Indian journal of veterinary science and animal husbandry - Volume 12,
Year: 1942
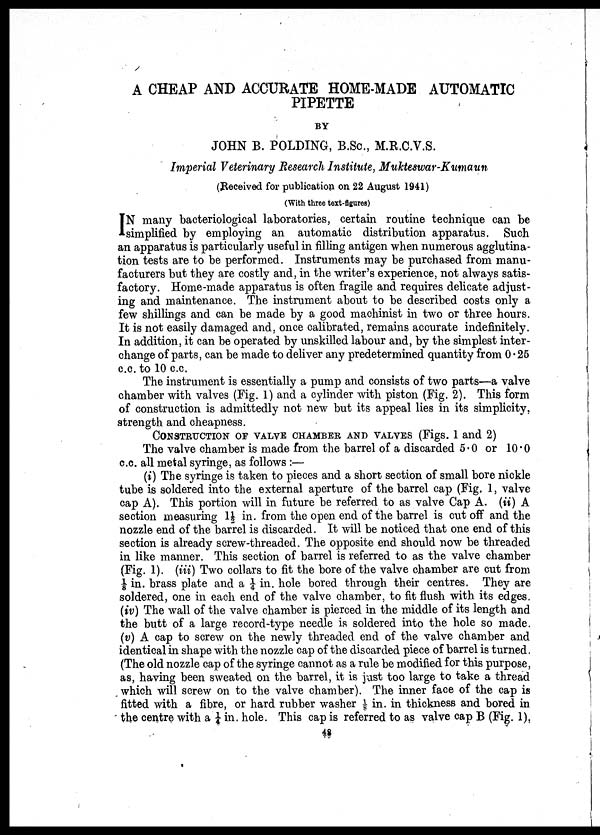
A CHEAP AND ACCURATE HOME-MADE AUTOMATIC
PIPETTE
BY
JOHN B. POLDING, B.Sc., M.R.C.V.S.
Imperial Veterinary Research Institute, Mukteswar-Kumaun
(Received for publication on 22 August 1941)
(With three text-figures)
I N many bacteriological laboratories, certain routine technique can be
simplified by employing an automatic distribution apparatus. Such
an apparatus is particularly useful in filling antigen when numerous agglutina
tion tests are to be performed. Instruments may be purchased from manu
facturers but they are costly and, in the writer's experience, not always satis
factory. Home-made apparatus is often fragile and requires delicate adjust
ing and maintenance. The instrument about to be described costs only a
few shillings and can be made by a good machinist in two or three hours.
It is not easily damaged and, once calibrated, remains accurate indefinitely.
In addition, it can be operated by unskilled labour and, by the simplest inter
change of parts, can be made to deliver any predetermined quantity from 0.25
c.c. to 10 c.c.
The instrument is essentially a pump and consists of two parts—a valve
chamber with valves (Fig. 1) and a cylinder with piston (Fig. 2). This form
of construction is admittedly not new but its appeal lies in its simplicity,
strength and cheapness.
CONSTRUCTION OF VALVE CHAMBER AND VALVES (Figs. 1 and 2)
The valve chamber is made from the barrel of a discarded 5.0 or 10.0
c.c. all metal syringe, as follows :—
(i) The syringe is taken to pieces and a short section of small bore nickle
tube is soldered into the external aperture of the barrel cap (Fig. 1, valve
cap A). This portion will in future be referred to as valve Cap A. (ii) A
section measuring 1½ in. from the open end of the barrel is cut off and the
nozzle end of the barrel is discarded. It will be noticed that one end of this
section is already screw-threaded. The opposite end should now be threaded
in like manner. This section of barrel is referred to as the valve chamber
(Fig. 1). (iii) Two collars to fit the bore of the valve chamber are cut from
⅛ in. brass plate and a ¼ in. hole bored through their centres. They are
soldered, one in each end of the valve chamber, to fit flush with its edges.
(iv) The wall of the valve chamber is pierced in the middle of its length and
the butt of a large record-type needle is soldered into the hole so made.
(v) A cap to screw on the newly threaded end of the valve chamber and
identical in shape with the nozzle cap of the discarded piece of barrel is turned.
(The old nozzle cap of the syringe cannot as a rule be modified for this purpose,
as, having been sweated on the barrel, it is just too large to take a thread
which will screw on to the valve chamber). The inner face of the cap is
fitted with a fibre, or hard rubber washer ⅛ in. in thickness and bored in
the centre with a ¼ in. hole. This cap is referred to as valve cap B (Fig. 1).
48